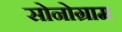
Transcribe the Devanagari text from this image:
सोनोग्राम